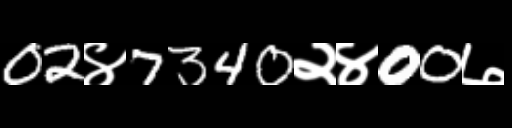
Text: 02४7340२४00७